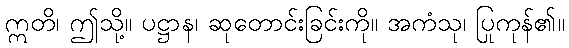
ဣတိ၊ ဤသို့။ ပဋ္ဌာန၊ ဆုတောင်းခြင်းကို။ အကံသု၊ ပြုကုန်၏။